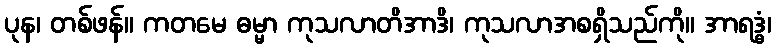
ပုန၊ တစ်ဖန်။ ကတမေ ဓမ္မာ ကုသလာတိအာဒိ၊ ကုသလာအစရှိသည်ကို။ အာရဒ္ဓံ၊